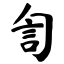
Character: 訇